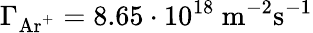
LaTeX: \Gamma_{\mathrm{Ar^{+}}}=8.65\cdot 10^{18}~\mathrm{m}^{-2}\mathrm{s}^{-1}